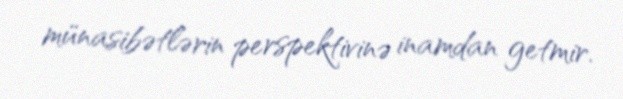
münasibətlərin perspektivinə inamdan getmir.